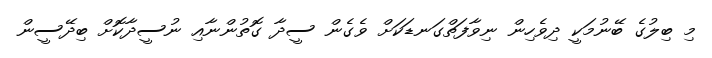
މި ބިލުގެ ބޭނުމަކީ ދިވެހިން ނިވާފަތްގަނޑަކަށް ވެގެން ސީދާ ގޮތުންނާއި ނުސީދާކޮށް ބިދޭސީން